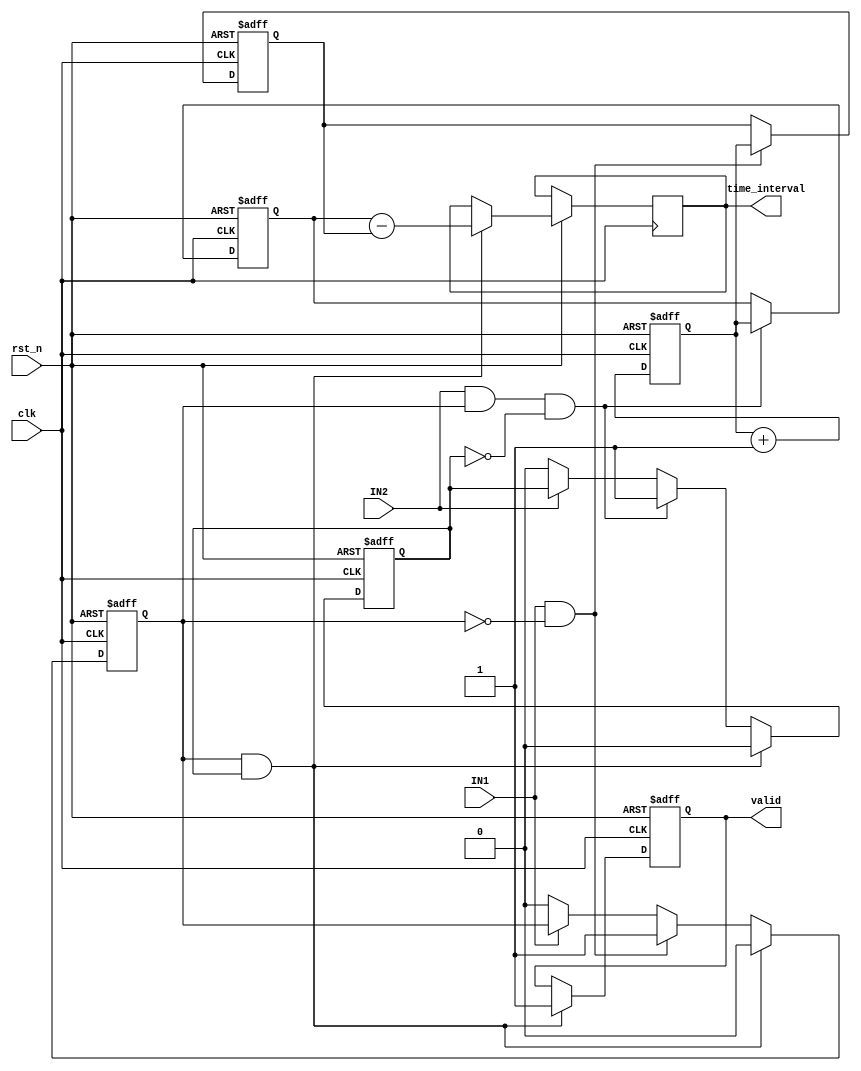
module TDC (
    input wire clk,           // High-resolution clock
    input wire rst_n,        // Active low reset
    input wire IN1,          // Input channel 1
    input wire IN2,          // Input channel 2
    output reg [31:0] time_interval, // Output time interval
    output reg valid         // Output valid flag
);

    reg [31:0] timestamp1;   // Timestamp for first edge
    reg [31:0] timestamp2;   // Timestamp for second edge
    reg edge1_detected;      // Flag for first edge detection
    reg edge2_detected;      // Flag for second edge detection

    // Counter for time measurement
    reg [31:0] counter;

    // Edge detection (rising edge)
    always @(posedge clk or negedge rst_n) begin
        if (!rst_n) begin
            edge1_detected <= 0;
            edge2_detected <= 0;
            timestamp1 <= 0;
            timestamp2 <= 0;
            counter <= 0;
            valid <= 0;
        end else begin
            // Increment counter on each clock cycle
            counter <= counter + 1;

            // Detect rising edge for IN1
            if (IN1 && !edge1_detected) begin
                timestamp1 <= counter; // Capture timestamp for IN1
                edge1_detected <= 1;   // Set edge1_detected flag
            end else if (!IN1) begin
                edge1_detected <= 0;   // Reset flag when IN1 goes low
            end
            
            // Detect rising edge for IN2
            if (IN2 && edge1_detected && !edge2_detected) begin
                timestamp2 <= counter; // Capture timestamp for IN2
                edge2_detected <= 1;   // Set edge2_detected flag
            end else if (!IN2) begin
                edge2_detected <= 0;   // Reset flag when IN2 goes low
            end

            // Calculate time interval after both edges are detected
            if (edge1_detected && edge2_detected) begin
                time_interval <= timestamp2 - timestamp1; // Calculate time difference
                valid <= 1; // Set valid flag
                // Reset for next measurement
                edge1_detected <= 0;
                edge2_detected <= 0;
            end
        end
    end

endmodule